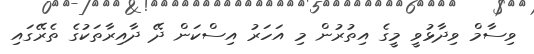
ވިސާމް ވިދާޅުވީ މީގެ އިތުރުން މި އަހަރު އިސްކަން ދޭ ދާއިރާތަކުގެ ތެރޭގައި